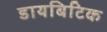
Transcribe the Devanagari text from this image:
डायबिटिक